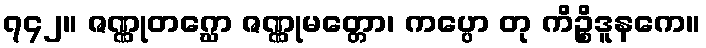
၇၄၂။ ဇဏ္ဏုတဂ္ဃော ဇဏ္ဏုမတ္တော၊ ကပ္ပော တု ကိဉ္စိဒူနကေ။